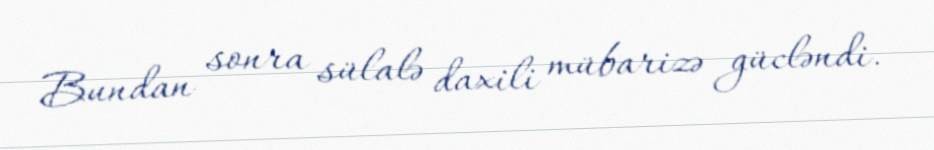
Bundan sonra sülalə daxili mübarizə gücləndi.